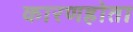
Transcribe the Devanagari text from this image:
कारणहोता